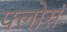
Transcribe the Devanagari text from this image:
फ्लोरां